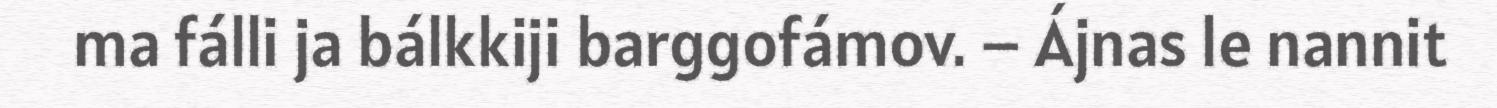
ma fálli ja bálkkiji barggofámov. – Ájnas le nannit